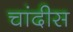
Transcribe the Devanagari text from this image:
चांदीस